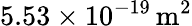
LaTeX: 5.53\times 10^{-19}\, \mathrm{m^{2}}